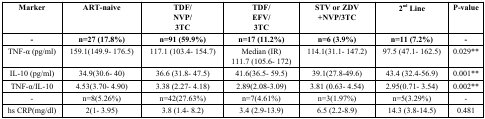
<table><thead><tr><td><b>Marker</b></td><td><b>ART-naive</b></td><td><b>TDF/NVP/3TC</b></td><td><b>TDF/EFV/3TC</b></td><td><b>STV or ZDV+NVP/3TC</b></td><td><b>2<sup>nd</sup> Line</b></td><td><b>P-value</b></td></tr><tr><td><b>-</b></td><td><b>n=27 (17.8%)</b></td><td><b>n=91 (59.9%)</b></td><td><b>n=17 (11.2%)</b></td><td><b>n=6 (3.9%)</b></td><td><b>n=11 (7.2%)</b></td><td><b>-</b></td></tr></thead><tbody><tr><td>TNF-α (pg/ml)</td><td>159.1(149.9- 176.5)</td><td>117.1 (103.4- 154.7)</td><td>Median (IR)111.7 (105.6- 172)</td><td>114.1(31.1- 147.2)</td><td>97.5 (47.1- 162.5)</td><td>0.029**</td></tr><tr><td>IL-10 (pg/ml)</td><td>34.9(30.6- 40)</td><td>36.6 (31.8- 47.5)</td><td>41.6(36.5- 59.5)</td><td>39.1(27.8-49.6)</td><td>43.4 (32.4-56.9)</td><td>0.001**</td></tr><tr><td>TNF-α/IL-10</td><td>4.53(3.70- 4.90)</td><td>3.38 (2.27- 4.18)</td><td>2.89(2.08-3.09)</td><td>3.81 (0.63- 4.54)</td><td>2.95(0.71- 3.54)</td><td>0.002**</td></tr><tr><td>-</td><td>n=8(5.26%)</td><td>n=42(27.63%)</td><td>n=7(4.61%)</td><td>n=3(1.97%)</td><td>n=5(3.29%)</td><td>-</td></tr><tr><td>hs CRP(mg/dl)</td><td>2(1- 3.95)</td><td>3.8 (1.4- 8.2)</td><td>3.4 (2.9-13.9)</td><td>6.5 (2.2-8.9)</td><td>14.3 (3.8-14.5)</td><td>0.481</td></tr></tbody></table>